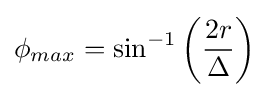
\phi _{max}=\sin ^{-1}\left({\frac {2r}{\Delta }}\right)